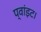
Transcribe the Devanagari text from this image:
प्‍वांइट।